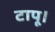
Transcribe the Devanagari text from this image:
टापू।